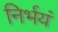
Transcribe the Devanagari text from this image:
निर्भयं